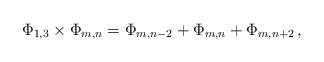
LaTeX: \begin{align*}\Phi_{1,3} \times \Phi_{m,n} = \Phi_{m,n-2}+\Phi_{m,n}+\Phi_{m,n+2}\, ,\end{align*}